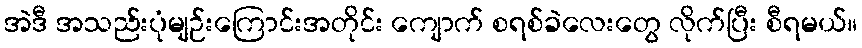
အဲဒီ အသည်းပုံမျဉ်းကြောင်းအတိုင်း ကျောက် စရစ်ခဲလေးတွေ လိုက်ပြီး စီရမယ်။